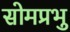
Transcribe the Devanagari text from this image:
सोमप्रभु